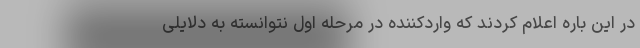
در این باره اعلام کردند که واردکننده در مرحله‌ اول نتوانسته به دلایلی